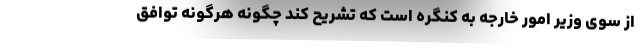
از سوی وزیر امور خارجه به کنگره است که تشریح کند چگونه هرگونه توافق